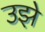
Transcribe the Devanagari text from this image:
उझे